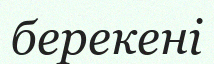
берекені